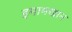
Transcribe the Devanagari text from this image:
इमामखान